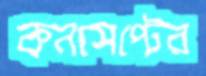
কনসেপ্টের